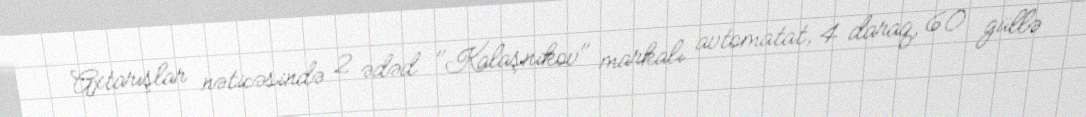
Axtarışlar nəticəsində 2 ədəd "Kalaşnikov" markalı avtomatat, 4 daraq, 60 güllə